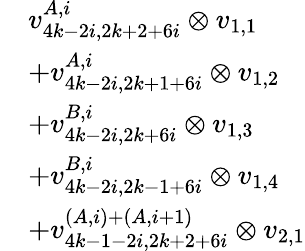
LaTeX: \begin{array}{rl}&{v_{4k-2i,2k+2+6i}^{A,i}\otimes v_{1,1}}\\ &{+v_{4k-2i,2k+1+6i}^{A,i}\otimes v_{1,2}}\\ &{+v_{4k-2i,2k+6i}^{B,i}\otimes v_{1,3}}\\ &{+v_{4k-2i,2k-1+6i}^{B,i}\otimes v_{1,4}}\\ &{+v_{4k-1-2i,2k+2+6i}^{(A,i)+(A,i+1)}\otimes v_{2,1}}\end{array}